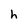
Character: h